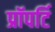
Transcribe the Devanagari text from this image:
प्रॉपर्टि